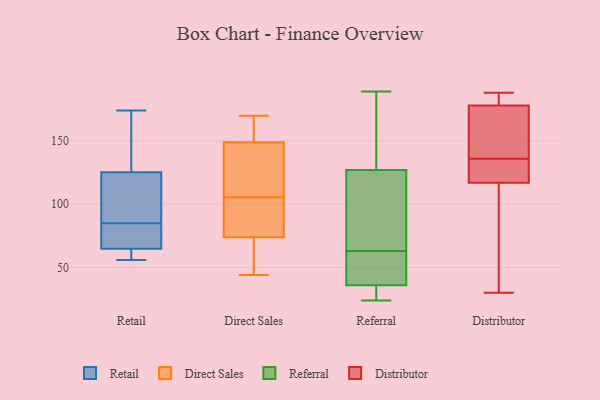
{"axis": {"x": "Operating Costs (USD K)", "y": "Value"}, "legend": ["Direct Sales", "Distributor", "Referral", "Retail"], "data": [{"x": "", "y": 157, "type": "Retail"}, {"x": "", "y": 56, "type": "Retail"}, {"x": "", "y": 58, "type": "Retail"}, {"x": "", "y": 85, "type": "Retail"}, {"x": "", "y": 67, "type": "Retail"}, {"x": "", "y": 174, "type": "Retail"}, {"x": "", "y": 81, "type": "Retail"}, {"x": "", "y": 124, "type": "Retail"}, {"x": "", "y": 56, "type": "Retail"}, {"x": "", "y": 70, "type": "Retail"}, {"x": "", "y": 129, "type": "Retail"}, {"x": "", "y": 100, "type": "Retail"}, {"x": "", "y": 92, "type": "Retail"}, {"x": "", "y": 74, "type": "Direct Sales"}, {"x": "", "y": 67, "type": "Direct Sales"}, {"x": "", "y": 149, "type": "Direct Sales"}, {"x": "", "y": 100, "type": "Direct Sales"}, {"x": "", "y": 170, "type": "Direct Sales"}, {"x": "", "y": 111, "type": "Direct Sales"}, {"x": "", "y": 170, "type": "Direct Sales"}, {"x": "", "y": 44, "type": "Direct Sales"}, {"x": "", "y": 76, "type": "Direct Sales"}, {"x": "", "y": 129, "type": "Direct Sales"}, {"x": "", "y": 165, "type": "Referral"}, {"x": "", "y": 24, "type": "Referral"}, {"x": "", "y": 33, "type": "Referral"}, {"x": "", "y": 45, "type": "Referral"}, {"x": "", "y": 189, "type": "Referral"}, {"x": "", "y": 151, "type": "Referral"}, {"x": "", "y": 116, "type": "Referral"}, {"x": "", "y": 72, "type": "Referral"}, {"x": "", "y": 45, "type": "Referral"}, {"x": "", "y": 47, "type": "Referral"}, {"x": "", "y": 24, "type": "Referral"}, {"x": "", "y": 25, "type": "Referral"}, {"x": "", "y": 63, "type": "Referral"}, {"x": "", "y": 121, "type": "Referral"}, {"x": "", "y": 129, "type": "Referral"}, {"x": "", "y": 55, "type": "Distributor"}, {"x": "", "y": 178, "type": "Distributor"}, {"x": "", "y": 139, "type": "Distributor"}, {"x": "", "y": 117, "type": "Distributor"}, {"x": "", "y": 179, "type": "Distributor"}, {"x": "", "y": 133, "type": "Distributor"}, {"x": "", "y": 127, "type": "Distributor"}, {"x": "", "y": 30, "type": "Distributor"}, {"x": "", "y": 149, "type": "Distributor"}, {"x": "", "y": 188, "type": "Distributor"}]}